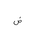
Letter: _dad